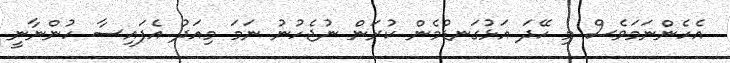
އެހެންނަމަވެސް މި ހޭދަ އަޅުގަނޑުމެން ކުރަން ނުޖެހުނު ނަމަ މިއަދު އެފައިސާ ހުންނާނީ